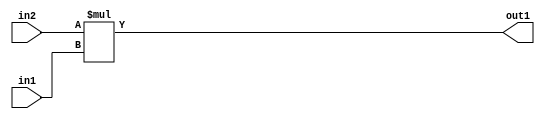
`timescale 1ps / 1ps
/*****************************************************************************
    Verilog RTL Description
    
    
    Created by: Stratus DpOpt 2019.1.01 
*******************************************************************************/

module cache_Mul_16Ux4U_20U_0 (
	in2,
	in1,
	out1
	); /* architecture "behavioural" */ 
input [15:0] in2;
input [3:0] in1;
output [19:0] out1;
wire [19:0] asc001;

assign asc001 = 
	+(in2 * in1);

assign out1 = asc001;
endmodule

/* CADENCE  ubD3Sgw= : u9/ySgnWtBlWxVPRXgAZ4Og= ** DO NOT EDIT THIS LINE ******/